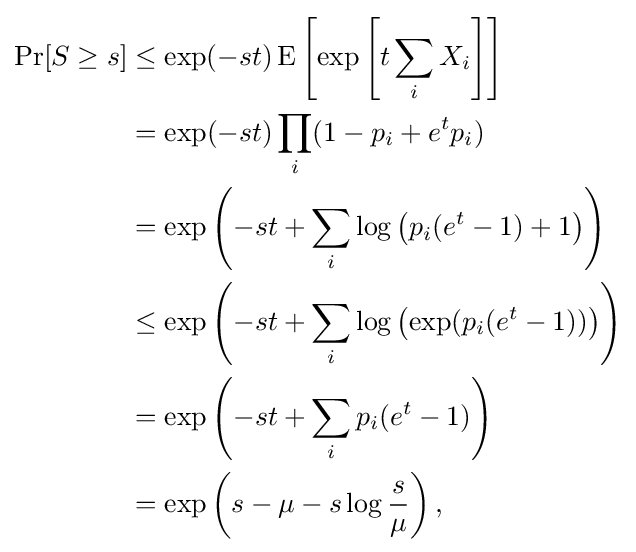
{\begin{aligned}\Pr[S\geq s]&\leq \exp(-st)\operatorname {E} \left[\exp \left[t\sum _{i}X_{i}\right]\right]\\&=\exp(-st)\prod _{i}(1-p_{i}+e^{t}p_{i})\\&=\exp \left(-st+\sum _{i}\log \left(p_{i}(e^{t}-1)+1\right)\right)\\&\leq \exp \left(-st+\sum _{i}\log \left(\exp(p_{i}(e^{t}-1))\right)\right)\\&=\exp \left(-st+\sum _{i}p_{i}(e^{t}-1)\right)\\&=\exp \left(s-\mu -s\log {\frac {s}{\mu }}\right),\end{aligned}}